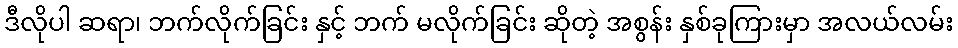
ဒီလိုပါ ဆရာ၊ ဘက်လိုက်ခြင်း နှင့် ဘက် မလိုက်ခြင်း ဆိုတဲ့ အစွန်း နှစ်ခုကြားမှာ အလယ်လမ်း